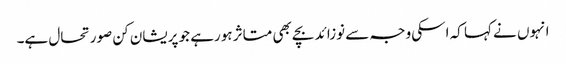
انہوں نے کہا کہ اسکی وجہ سے نوزائد بچے بھی متاثر ہورہے جو پریشان کن صورتحال ہے۔